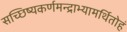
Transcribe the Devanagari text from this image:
सच्छिष्यकर्णमन्द्राभ्यामर्थितोहं